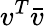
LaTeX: v^{T}{\bar{v}}